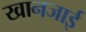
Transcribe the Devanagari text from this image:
खानजाई